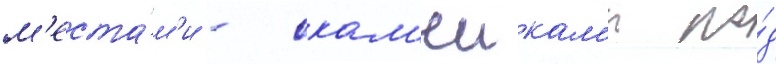
м'еста́м'и - скам'еикам'и по́д